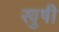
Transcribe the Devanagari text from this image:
खुषी